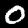
Digit: 0